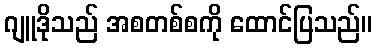
ဂျူဒိုသည် အစတစ်စကို ထောင်ပြသည်။